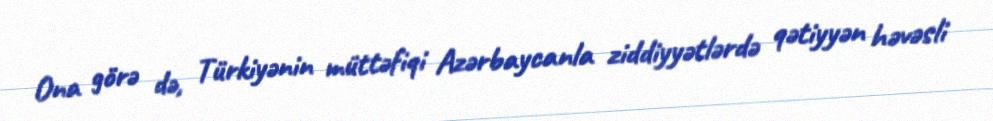
Ona görə də, Türkiyənin müttəfiqi Azərbaycanla ziddiyyətlərdə qətiyyən həvəsli